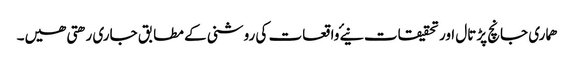
ھماری جانچ پڑتال اور تحقیقات نیۓ واقعات کی روشنی کے مطابق جاری رھتی ھیں۔